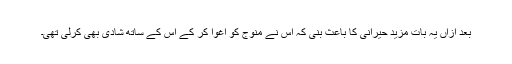
بعد ازاں یہ بات مزید حیرانی کا باعث بنی کہ اس نے منوج کو اغوا کر کے اس کے ساتھ شادی بھی کرلی تھی۔